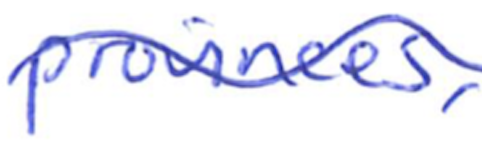
Text: provinces,
Cross-out: wave
Writing tool: ballpoint